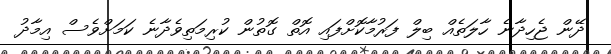
ދޭން ޖެހިދާނެ ހާލަތެއް ބިލް ފަރުމާކޮށްފައި އޮތް ގޮތުން ކުރިމަތިވެދާނެ ކަމަށްވެސް އިމާދު